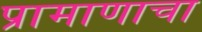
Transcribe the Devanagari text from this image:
प्रामाणाचा